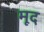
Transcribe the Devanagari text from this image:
मूद